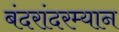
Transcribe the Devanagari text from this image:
बंदरांदरम्यान